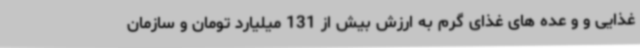
غذایی و و عده های غذای گرم به ارزش بیش از 131 میلیارد تومان و سازمان